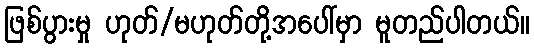
ဖြစ်ပွားမှု ဟုတ်/မဟုတ်တို့အပေါ်မှာ မူတည်ပါတယ်။